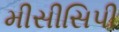
મીસીસિપી